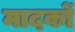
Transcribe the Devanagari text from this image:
मादकों